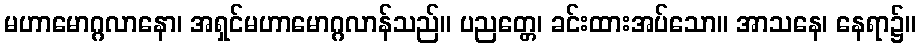
မဟာမောဂ္ဂလာနော၊ အရှင်မဟာမောဂ္ဂလာန်သည်။ ပညတ္တေ၊ ခင်းထားအပ်သော။ အာသနေ၊ နေရာ၌။